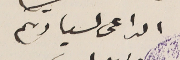
الداعى لسيادتكم